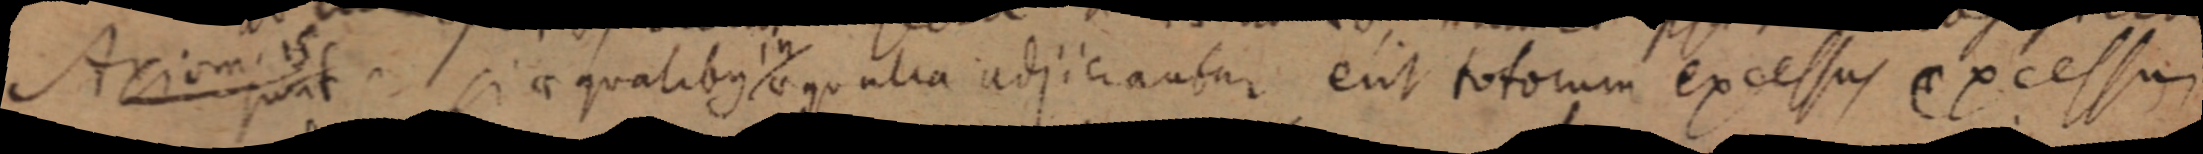
Axiom. 15 sunt. si aequalibus aequalia adjiciantur erit totorum excessus excessum